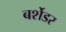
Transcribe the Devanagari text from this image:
बर्शेडर